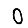
Digit: 0